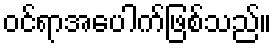
ဝင်ရာအပေါက်ဖြစ်သည်။